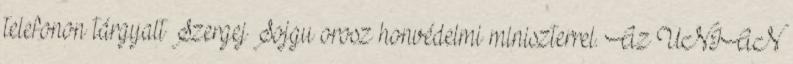
telefonon tárgyalt Szergej Sojgu orosz honvédelmi miniszterrel. Az UNIAN